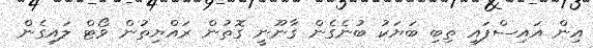
އިން އައިސްފައި ތިބި ބަޔަކު ބުނެގެން ގާނޫނީ ގޮތުން ރައްޔިތުން ވޯޓް ލައިގެން